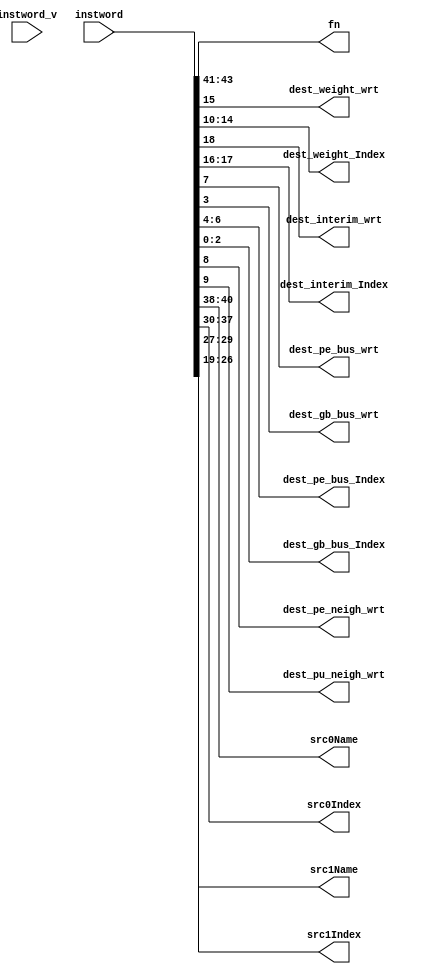
// This program was cloned from: https://github.com/VeriGOOD-ML/public
// License: Apache License 2.0

/* 
 * Instruction Format
 * Fn | dest0 | dest1 | dest2 | src0 | src1 | src2
 */
 
 `timescale 1ns/1ps
 
module instCutter_new #(
    parameter fnLen = 3,
    parameter nameLen = 3,
    parameter indexLen = 8,
    parameter weightAddrLen         = 5,
	  parameter interimAddrLen        = 2,
    parameter peBusIndexLen         = 4,
  	parameter gbBusIndexLen         = 4,

    parameter instLen = fnLen + (indexLen+nameLen)*2 + 1+interimAddrLen+1+weightAddrLen+1+1+peBusIndexLen+gbBusIndexLen
//--------------------------------------------------------------------------------------
)(
  input [instLen - 1: 0]      instword,
  input                       instword_v,

  output [fnLen-1:0]          fn,
  
  output                      dest_weight_wrt,
  output [weightAddrLen-1:0]  dest_weight_Index,
	
  output                      dest_interim_wrt,
  output [interimAddrLen-1:0] dest_interim_Index,

  output                      dest_pe_bus_wrt,
  output                      dest_gb_bus_wrt,
  output [peBusIndexLen-2:0]  dest_pe_bus_Index,
  output [gbBusIndexLen-2:0]  dest_gb_bus_Index,

  output                      dest_pe_neigh_wrt,
  output                      dest_pu_neigh_wrt,

  output[nameLen - 1: 0]      src0Name,
	output[indexLen - 1: 0]     src0Index,
	output[nameLen - 1: 0]      src1Name,
	output[indexLen - 1: 0]     src1Index 

);

	//--------------------------------------------------------------------------------------

  assign {fn,src0Name,src0Index,src1Name,src1Index,dest_interim_wrt,dest_interim_Index,dest_weight_wrt,dest_weight_Index,dest_pu_neigh_wrt,dest_pe_neigh_wrt,dest_pe_bus_wrt,dest_pe_bus_Index,dest_gb_bus_wrt,dest_gb_bus_Index} = instword;
	//--------------------------------------------------------------------------------------
	/*assign fn = instword [ 6*(indexLen + nameLen) + fnLen - 1 : 6*(indexLen + nameLen) ];
	
	assign dest0Name = instword [ 6*(indexLen + nameLen) - 1 : 6*indexLen + 5*nameLen ] & {nameLen{instword_v}};
	assign dest0Index = instword [ 6*indexLen + 5*nameLen - 1 : 5*(indexLen + nameLen) ] & {indexLen{instword_v}};
	
	assign dest1Name = instword [ 5*(indexLen + nameLen) - 1 : 5*indexLen + 4*nameLen ] & {nameLen{instword_v}};
	assign dest1Index = instword [ 5*indexLen + 4*nameLen - 1 : 4*(indexLen + nameLen) ] & {indexLen{instword_v}};
	
	assign dest2Name = instword [ 4*(indexLen + nameLen) - 1 : 4*indexLen + 3*nameLen ] & {nameLen{instword_v}};
	assign dest2Index = instword [ 4*indexLen + 3*nameLen - 1 : 3*(indexLen + nameLen) ] & {indexLen{instword_v}};
	
	assign src0Name = instword [ 3*(indexLen + nameLen) - 1 : 3*indexLen + 2*nameLen ] & {nameLen{instword_v}};
	assign src0Index = instword [ 3*indexLen + 2*nameLen - 1 : 2*(indexLen + nameLen) ] & {indexLen{instword_v}};
	
	assign src1Name = instword [ 2*(indexLen + nameLen) - 1 : 2*indexLen + nameLen ] & {nameLen{instword_v}};
	assign src1Index = instword [ 2*indexLen + nameLen - 1 : indexLen + nameLen ] & {indexLen{instword_v}};
	
	assign src2Name = instword [ indexLen + nameLen - 1 : indexLen ] & {nameLen{instword_v}};
	assign src2Index = instword [indexLen - 1 : 0] & {indexLen{instword_v}};*/
	//--------------------------------------------------------------------------------------
	
endmodule